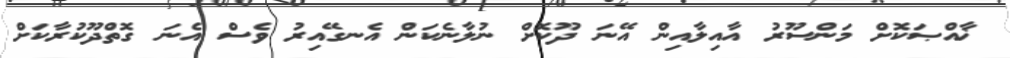
ޚާއްޞަކޮށް މަންސޫރު އާއިލާއިން އޭނަ ދޫކޮށް ނުލާނެކަން އެނގޭއިރު ވެސް އެނަ ގޮތްދޫކުރާކަށް